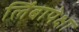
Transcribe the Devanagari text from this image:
लिंबापेक्षा